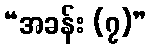
“အခန်း (၇)”